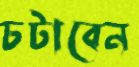
চটাবেন